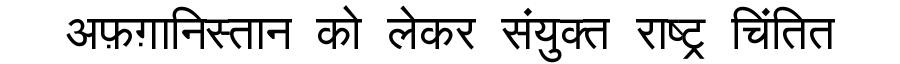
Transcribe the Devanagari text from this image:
अफ़ग़ानिस्तान को लेकर संयुक्त राष्ट्र चिंतित